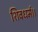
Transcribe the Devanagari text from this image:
शिवधर्म।।